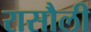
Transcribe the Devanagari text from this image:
रासौली